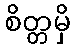
စိတ္တမှိ